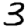
Digit: 3